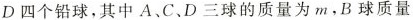
D四个铅球，其中A、B、C、D三球的质量为m，B球的质量